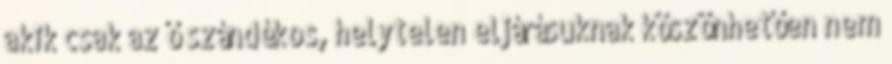
akik csak az ő szándékos, helytelen eljárásuknak köszönhetően nem